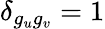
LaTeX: \delta_{g_{u}g_{v}}=1